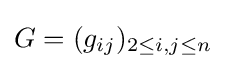
G=(g_{ij})_{2\leq i,j\leq n}